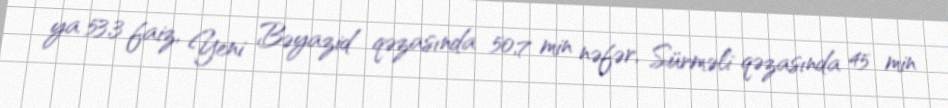
ya 53,3 faiz, Yeni Bəyazid qəzasında 50,7 min nəfər, Sürməli qəzasında 45 min